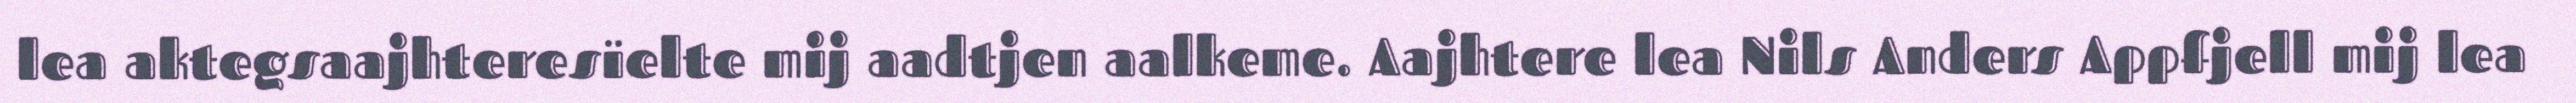
lea aktegsaajhteresïelte mij aadtjen aalkeme. Aajhtere lea Nils Anders Appfjell mij lea